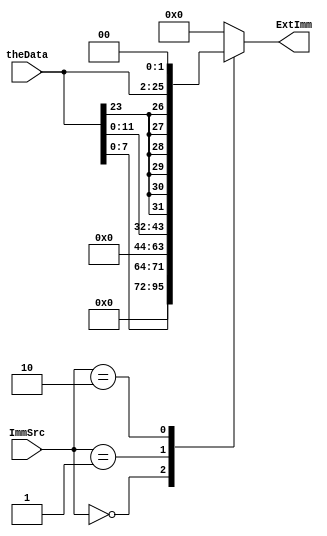
// extend.v
// The immediate data extension logic for a single-cycle ARM.
// "Digital Design and Computer Architecture ARM EDITION," S.L. Harris and D.M. Harris.
// EE 4490 adapted from code by Jerry C. Hamann
//
module  extend(ExtImm,theData,ImmSrc);
  output  [31:0]  ExtImm;
  input   [23:0]  theData;
  input   [1:0]   ImmSrc;

  reg     [31:0]  ExtImm;

  always  @(theData, ImmSrc)
    case(ImmSrc)
      2'b00:  ExtImm = {24'b0,theData[7:0]};
      2'b01:  ExtImm = {21'b0,theData[11:0]};
      2'b10:  ExtImm = {{6{theData[23]}},theData[23:0],2'b00};
      default:  ExtImm = 32'b0;
    endcase
endmodule